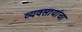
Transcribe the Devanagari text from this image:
व्यवसायांचा